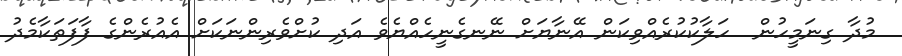
މުދާ ގިނަމީހުން  ހަލާކުކުރެއްވިކަން އޭނާޔަށް ނޭނގެނީހެއްޔެވެ އަދި ކުށްވެރިންނަކަށް އެއުރެންގެ ފާފަތަކާމެދު